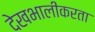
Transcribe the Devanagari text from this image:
देखभालीकरता